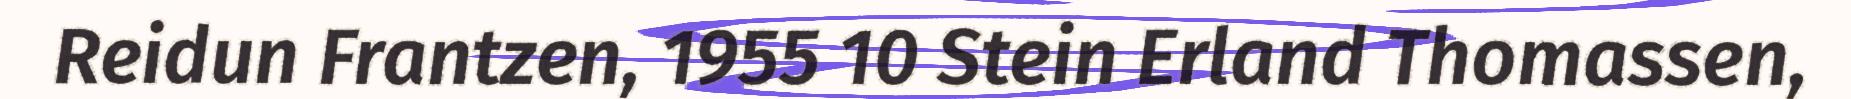
Reidun Frantzen, 1955 10 Stein Erland Thomassen,